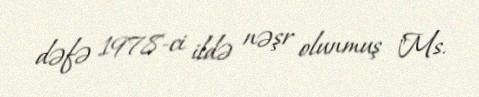
dəfə 1978-ci ildə nəşr olunmuş "Ms.